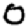
Digit: 0